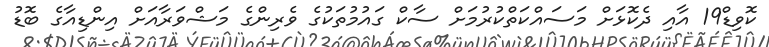
ކޮވިޑް19 އާއި ދެކޮޅަށް މަސައްކަތްކުރުމަށް ސާކް ގައުމުތަކުގެ ވެރިންގެ މަޝްވަރާއަށް އިންޑިއާގެ ބޮޑު